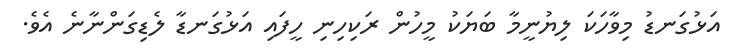
އަޅުގަނޑު މިވާހަކަ ލިޔުނީމާ ބަޔަކު މީހުން ރަކިހިނި ހީފައި އަޅުގަނޑާ ލެޑިގަންނާނެ އެވެ.